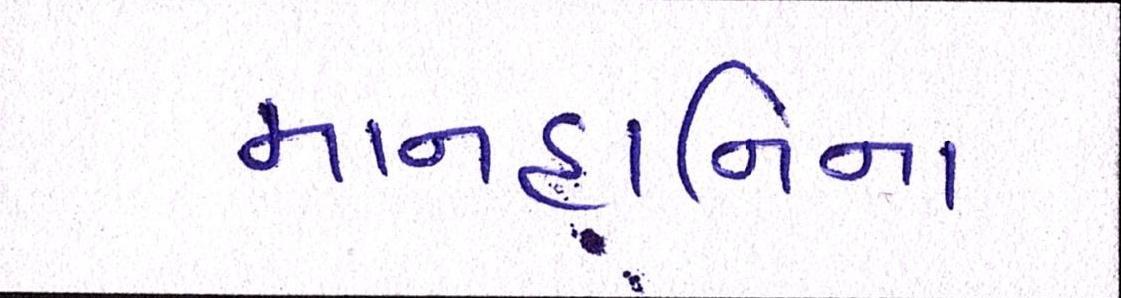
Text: માનહાનિના